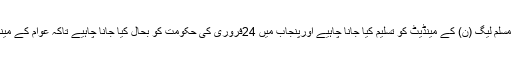
انہوں نے کہا کہ اب کھل دل کے ساتھ مسلم لیگ (ن) کے مینڈیٹ کو تسلیم کیا جانا چاہیے اورپنجاب میں 24فروری کی حکومت کو بحال کیا جانا چاہیے تاکہ عوام کے مینڈیٹ کی روشنی میں اپنا کام کر سکیں ۔